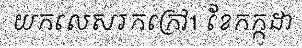
យកលេសរកក្រៅ1 ខែកក្កដា